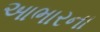
આભારના